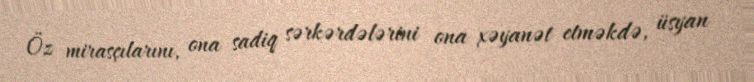
Öz mirasçılarını, ona sadiq sərkərdələrini ona xəyanət etməkdə, üsyan